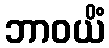
ဘာဝယိံ